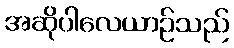
အဆိုပါလေယာဉ်သည်